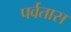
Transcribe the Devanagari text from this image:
पर्वतास